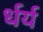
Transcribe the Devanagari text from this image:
र्धर्य